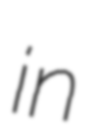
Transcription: in